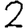
Digit: 2